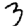
Digit: 3